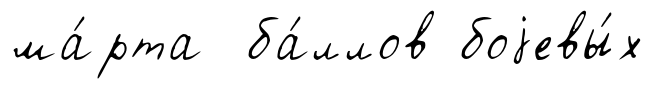
ма́рта ба́ллов боjевы́х